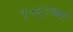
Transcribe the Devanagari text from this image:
१५६९च्या